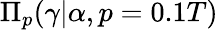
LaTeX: \Pi_{p}(\gamma\vert\alpha,p=0.1T)